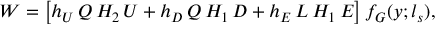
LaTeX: W = \left[ h _ { U } \, Q \, H _ { 2 } \, U + h _ { D } \, Q \, H _ { 1 } \, D + h _ { E } \, L \, H _ { 1 } \, E \right] f _ { G } ( y ; l _ { s } ) ,